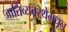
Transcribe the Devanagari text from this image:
जातिव्यवस्थेमधून